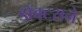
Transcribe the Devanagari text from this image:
डॉक्टराने